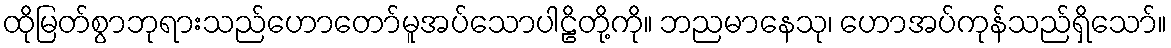
ထိုမြတ်စွာဘုရားသည်ဟောတော်မူအပ်သောပါဠိတို့ကို။ ဘညမာနေသု၊ ဟောအပ်ကုန်သည်ရှိသော်။